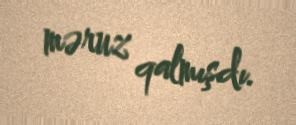
məruz qalmışdı.